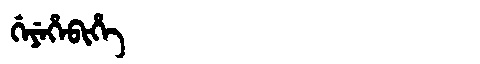
Manchu: ᡤᡝᠶᡝᡥᡝᠪᡳᡥᡝ
Romanization: GEYEHEBIHE